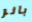
بانر